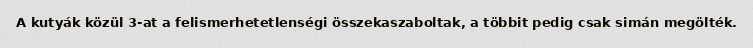
A kutyák közül 3-at a felismerhetetlenségi összekaszaboltak, a többit pedig csak simán megölték.